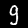
Digit: 9